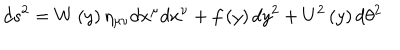
LaTeX: d s ^ { 2 } = W \left( y \right) \eta _ { \mu \nu } d x ^ { \mu } d x ^ { \nu } + f \left( y \right) d y ^ { 2 } + U ^ { 2 } \left( y \right) d \theta ^ { 2 }